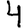
Digit: 4